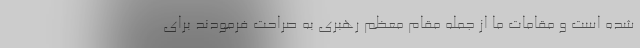
شده است و مقامات ما از جمله مقام معظم رهبری به صراحت فرمودند برای